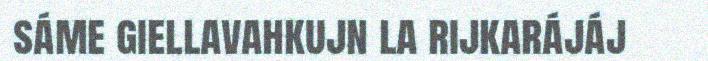
sáme giellavahkujn la rijkarájáj